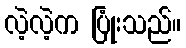
လဲ့လဲ့က ပြုံးသည်။